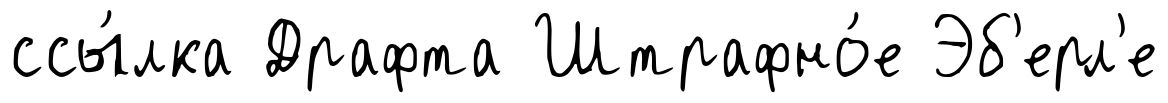
ссы́лка Драфта Штрафно́е Эб'ерл'е